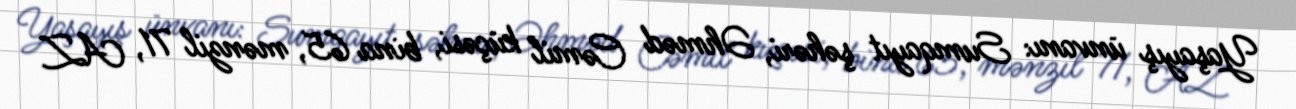
Yaşayış ünvanı: Sumqayıt şəhəri, Əhməd Cəmil küçəsi, bina 65, mənzil 71, AZ